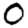
Digit: 0